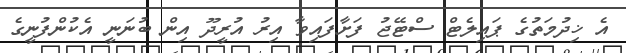
އެ ޚިދުމަތުގެ ޕައިލެޓް ސްޓޭޖު ފަށާފައިވާ އިރު އުރީދޫ އިން ބުނަނީ އެކުންފުނީގެ